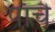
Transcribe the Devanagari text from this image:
पाँचै